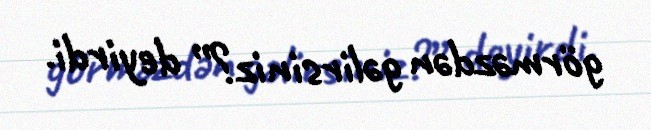
görməzdən gəlirsiniz?” deyirdi.